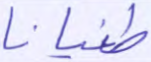
طغيانا